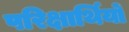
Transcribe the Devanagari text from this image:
परिक्षार्थियों